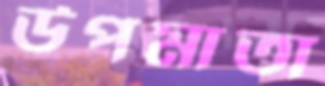
উপমাতা